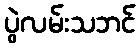
ပွဲလမ်းသဘင်